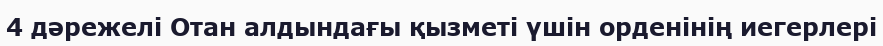
4 дәрежелі Отан алдындағы қызметі үшін орденінің иегерлері